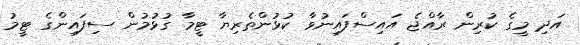
އަދި މީގެ ކުރިން ރާއްޖެ އައިސްފައިނުވާ ކުޅުންތެރިޔާ ޓީމާ ގުޅުމުން ސިފައިންގެ ޓީމު